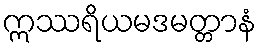
ဣဿရိယမဒမတ္တာနံ